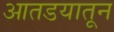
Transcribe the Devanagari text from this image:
आतडयातून